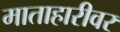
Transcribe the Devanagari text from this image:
माताहारीवर